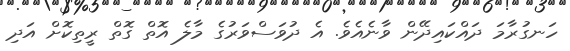
ހަނގުރާމަ ދައްކައިދޭން ވާނެއެވެ. އެ ދުވަސްވަރުގެ މާލެ އޮތް ގޮތް ރީތިކޮށް އަދި